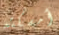
أمسكته